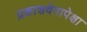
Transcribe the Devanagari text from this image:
प्रकाशवेगापेक्षा